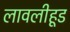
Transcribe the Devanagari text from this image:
लावलीहूड